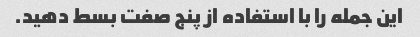
این جمله را با استفاده از پنج صفت بسط دهید.